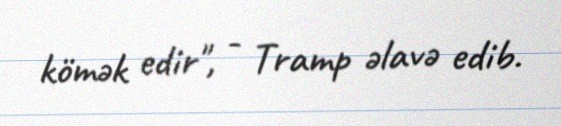
kömək edir", - Tramp əlavə edib.